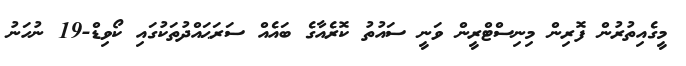
މީގެއިތުރުން ފޮރިން މިނިސްޓްރީން ވަނީ ސައުތު ކޮރެއާގެ ބައެއް ސަރަޙައްދުތަކުގައި ކޯވިޑް-19 ނުހަނު